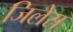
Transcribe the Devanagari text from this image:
जिलेस